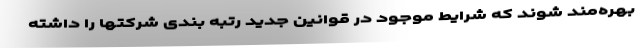
بهره‌مند شوند که شرایط موجود در قوانین جدید رتبه بندی شرکتها را داشته